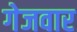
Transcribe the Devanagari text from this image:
गेजवार